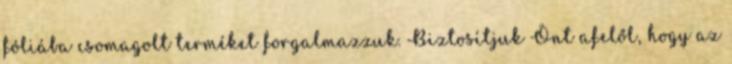
fóliába csomagolt terméket forgalmazzuk. Biztosítjuk Önt afelől, hogy az